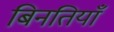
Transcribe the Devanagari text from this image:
बिनतियाँ